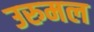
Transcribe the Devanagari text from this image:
उरुमल